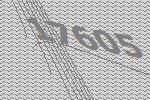
17605